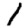
Digit: 1